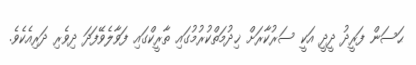
ޙަސަން ފަރީދު ދީދީ އަކީ ސަރުކާރަށް ޚިދުމަތްކުރުމުގައި ތާރީކްގައި ފަވާލެވޭފަދަ ދިވެރި ދަރިއެކެވެ.